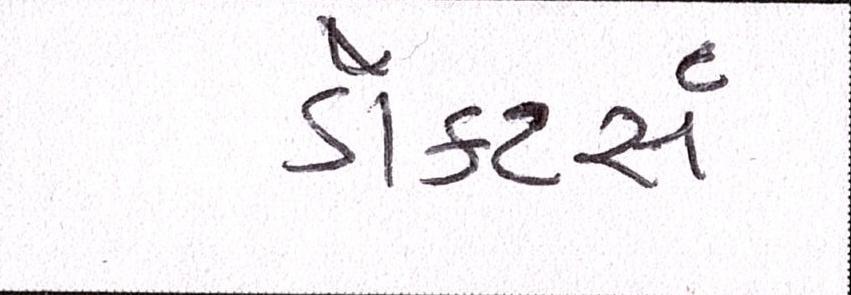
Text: ડૉક્ટર્સ